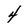
Character: 4